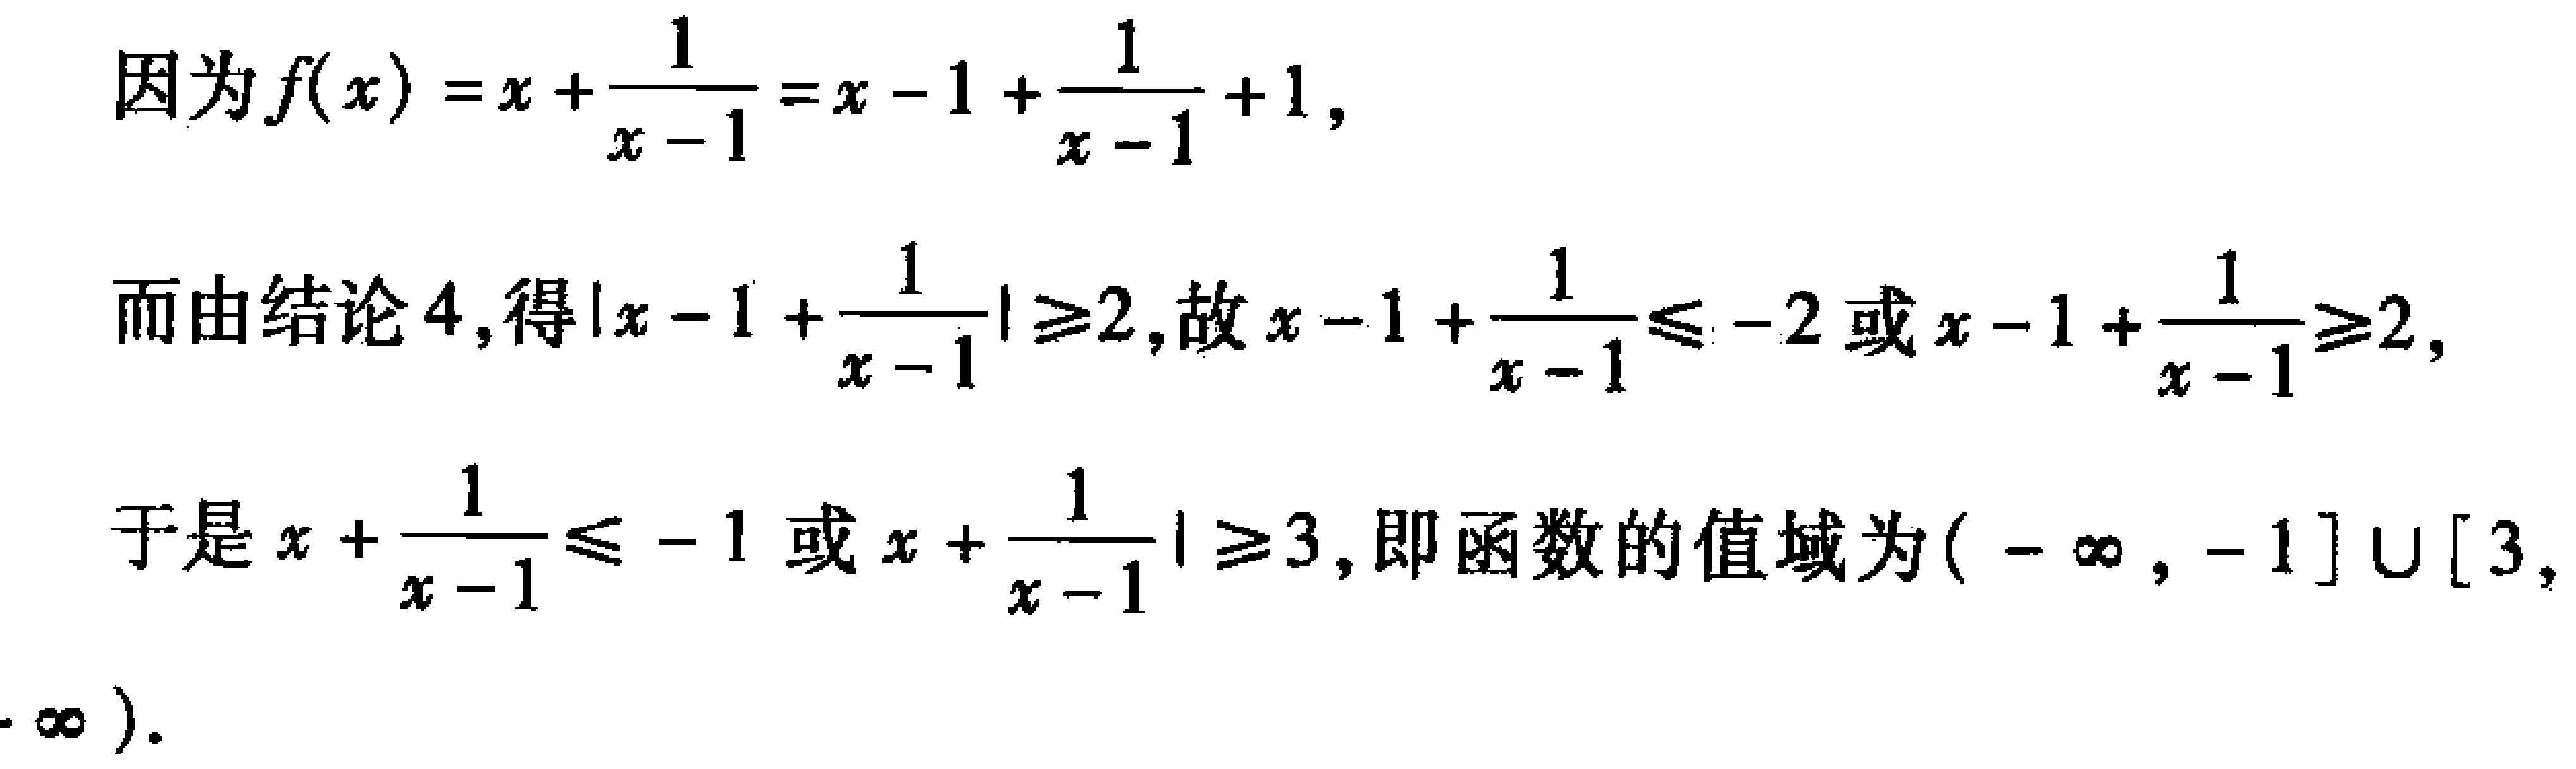
因为\(f(x)=x+\frac{1}{x - 1}=x - 1+\frac{1}{x - 1}+1\)，

而由结论4,得\(\vert x - 1+\frac{1}{x - 1}\vert\geq2\)，故\(x - 1+\frac{1}{x - 1}\leq - 2\)或\(x - 1+\frac{1}{x - 1}\geq2\)，

于是\(x+\frac{1}{x - 1}\leq - 1\)或\(x+\frac{1}{x - 1}\geq3\)，即函数的值域为\(( - \infty, - 1]\cup[3,+\infty)\)。